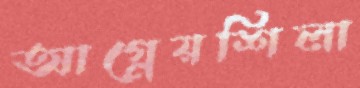
আগ্নেয়শিলা